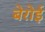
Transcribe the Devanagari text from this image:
बेरोई